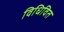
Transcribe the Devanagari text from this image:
विधिवित